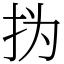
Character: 㧑